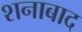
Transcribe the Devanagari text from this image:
शनाबाद